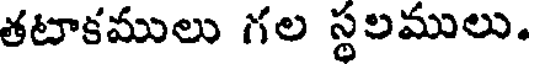
తటాకములు గల స్థలములు.